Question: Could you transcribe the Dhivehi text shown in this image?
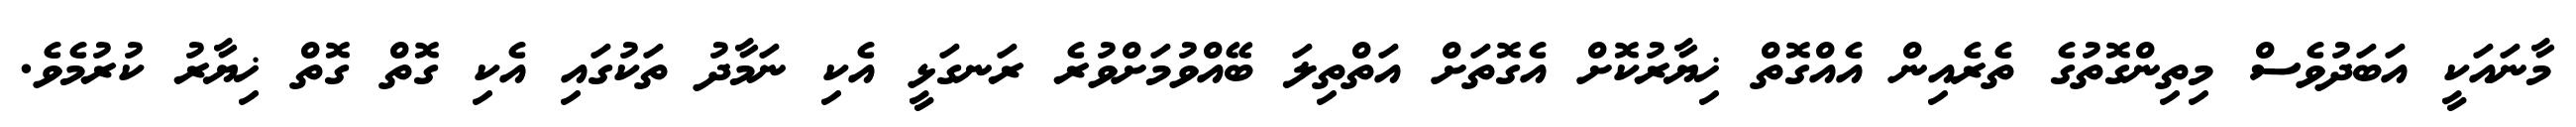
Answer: މާނައަކީ އަބަދުވެސް މިތިންގޮތުގެ ތެރެއިން އެއްގޮތް ޚިޔާރުކޮށް އެގޮތަށް އަތްތިލަ ބޭއްވުމަށްވުރެ ރަނގަޅީ އެކި ނަމާދު ތަކުގައި އެކި ގޮތް ގޮތް ޚިޔާރު ކުރުމެވެ.